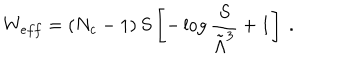
W _ { e f f } = \left( N _ { c } - 1 \right) S \left[ - \log { \frac { S } { \tilde { \Lambda } ^ { 3 } } } + 1 \right] ~ .